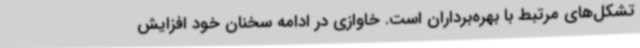
تشکل‌های مرتبط با بهره‌برداران است. خاوازی در ادامه سخنان خود افزایش